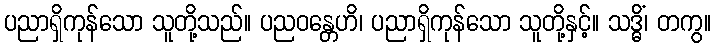
ပညာရှိကုန်သော သူတို့သည်။ ပညဝန္တေဟိ၊ ပညာရှိကုန်သော သူတို့နှင့်။ သဒ္ဓိံ၊ တကွ။